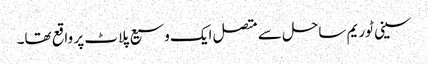
سینی ٹوریم ساحل سے متصل ایک وسیع پلاٹ پر واقع تھا۔